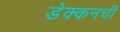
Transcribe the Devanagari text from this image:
डेक्कनची